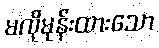
မလိုမုန်းထားသော